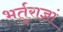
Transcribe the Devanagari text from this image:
भर्तुराज्ञां